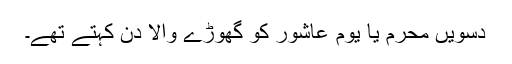
دسویں محرم یا یومِ عاشور کو گھوڑے والا دن کہتے تھے۔